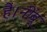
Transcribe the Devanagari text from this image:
है।नींबू